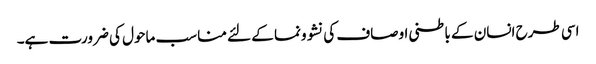
اسی طرح انسان کے باطنی اوصاف کی نشوونما کے لئے مناسب ماحول کی ضرورت ہے۔